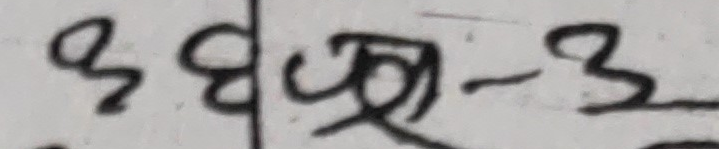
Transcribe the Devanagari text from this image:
३४अ-३